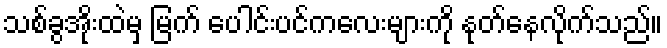
သစ်ခွအိုးထဲမှ မြက် ပေါင်းပင်ကလေးများကို နုတ်နေလိုက်သည်။